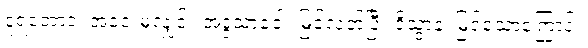
ဒူရတောဝ၊ အဝေးမှလျှင်။ အဒ္ဒသာခေါ၊ မြင်လတ်ပြီ။ ဒိသွာန၊ မြင်သောကြောင့်။